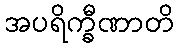
အပရိက္ခီဏာတိ